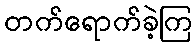
တက်ရောက်ခဲ့ကြ